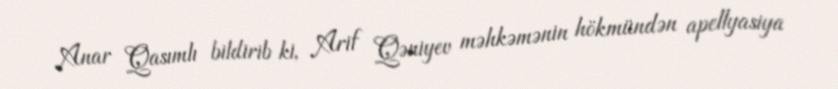
Anar Qasımlı bildirib ki, Arif Qəniyev məhkəmənin hökmündən apellyasiya